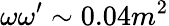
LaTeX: \omega\omega^{\prime}\sim 0.04m^{2}